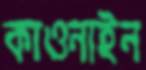
কাওনাইন